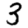
Digit: 3